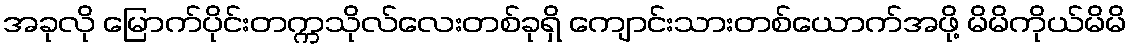
အခုလို မြောက်ပိုင်းတက္ကသိုလ်လေးတစ်ခုရှိ ကျောင်းသားတစ်ယောက်အဖို့ မိမိကိုယ်မိမိ